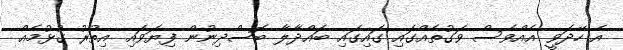
އެ ހޭދަވީ އެއްވެސް ވަގުތެއްގައި ގައިގައި ބައްދާލާ ބޮސްދިނުން ފިޔަވައި އިތުރު ގުޅުމެއް